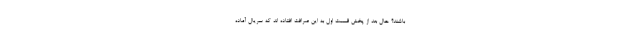
باشند؟ حال بعد از پخش قسمت اول به این صرافت افتاده اند که سریال آماده